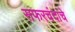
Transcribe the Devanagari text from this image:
सफरचंदांचे